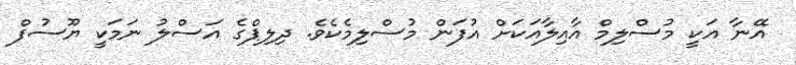
އޭނާ އަކީ މުސްލިމް އާއިލާއަކަށް އުފަން މުސްލިމެކެވެ. ދިލިޕްގެ އަސްލު ނަމަކީ ޔޫސުފް